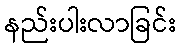
နည်းပါးလာခြင်း